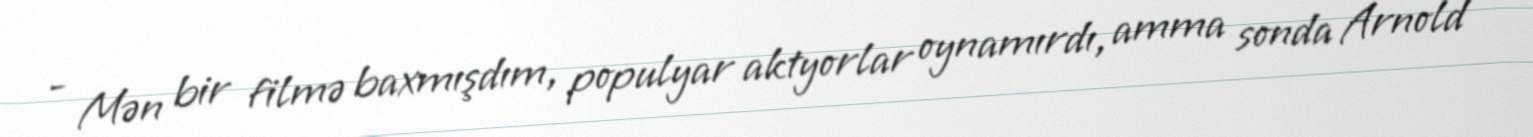
- Mən bir filmə baxmışdım, populyar aktyorlar oynamırdı, amma sonda Arnold